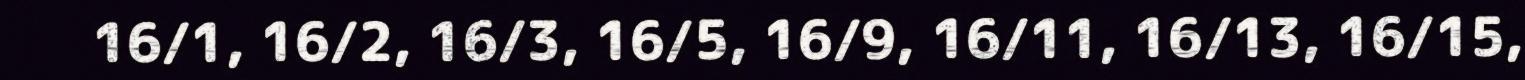
16/1, 16/2, 16/3, 16/5, 16/9, 16/11, 16/13, 16/15,